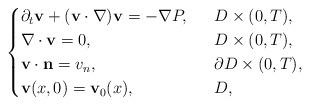
LaTeX: \begin{align*}\begin{cases}\partial_t\mathbf{v}+(\mathbf{v}\cdot \nabla)\mathbf{v}=-\nabla P,\ \ &D\times (0,T),\\\nabla\cdot \mathbf{v}=0,\ \ &D\times (0,T),\\\mathbf{v}\cdot \mathbf{n}=v_n,\ \ &\partial D\times (0,T),\\\mathbf{v}(x, 0)=\mathbf{v}_0(x), \ \ &D,\end{cases}\end{align*}